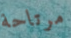
مرتاحة